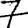
Digit: 7